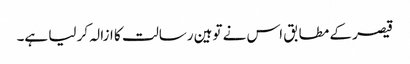
قیصر کے مطابق اس نے توہین رسالت کا ازالہ کر لیا ہے۔